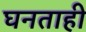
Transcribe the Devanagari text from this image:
घनताही